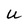
Character: u